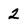
Character: 2